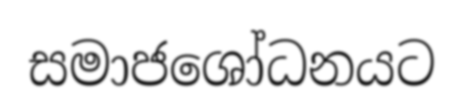
සමාජශෝධනයට